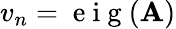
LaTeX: v_{n}=\mathrm{~e~i~g~}(\mathbf{A})